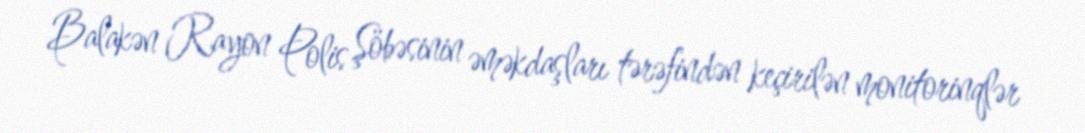
Balakən Rayon Polis Şöbəsinin əməkdaşları tərəfindən keçirilən monitorinqlər